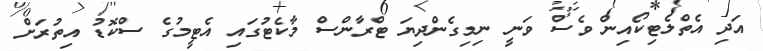
އަދި އެތްލެޓިކޯއިން ވެސް ވަނީ ނިމިގެންދިޔަ ޓްރާންސް މާކެޓުގައި އެޓީމުގެ ސްކޮޑު އިތުރަށް